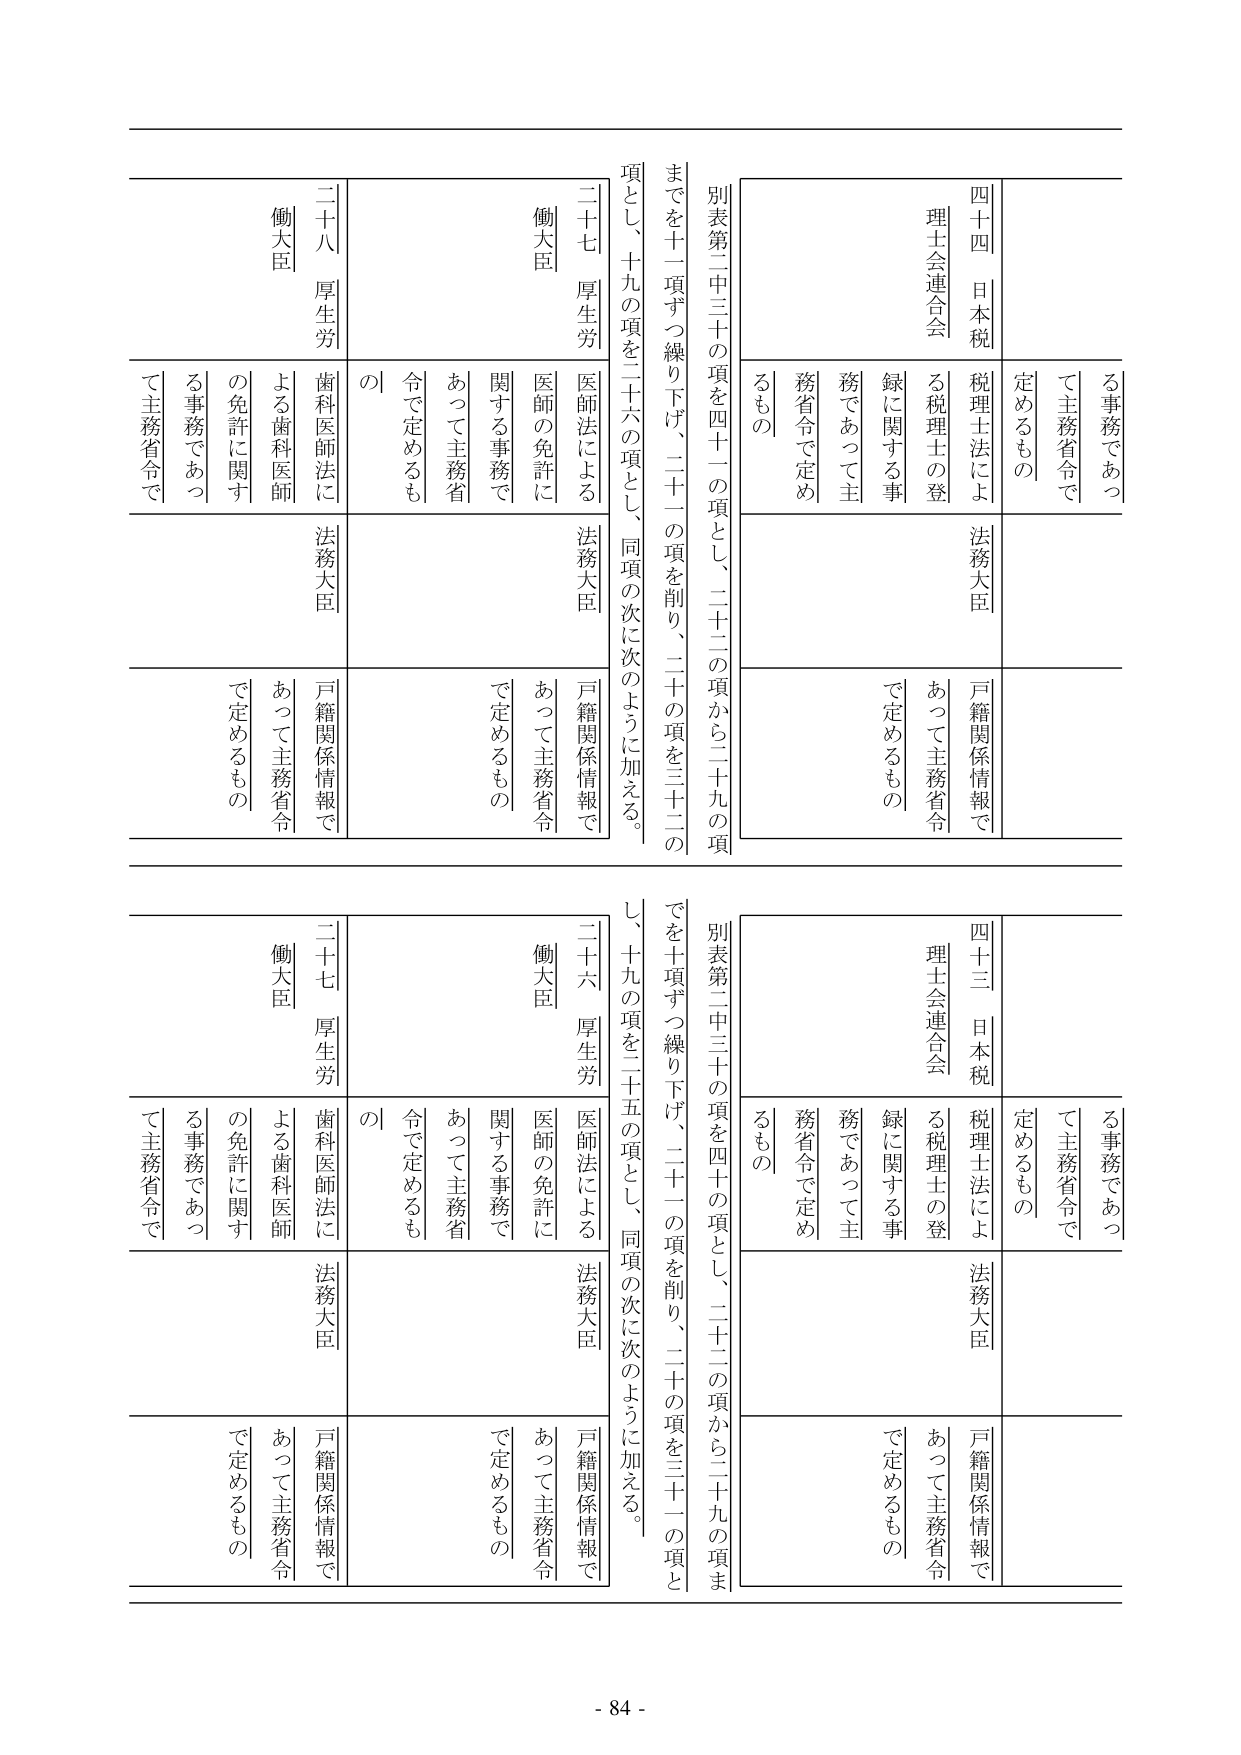
四十四 日本税
理士会連合会
る事務であつ
て主務省令で
定めるもの
税理士法によ
る税理士の登
録に関する事
務であつて主
務省令で定め
るもの
法務大臣
戸籍関係情報で
あつて主務省令
で定めるもの

別表第二中三十の項を四十一の項とし、二十二の項から二十九の項
までを十一項ずつ繰り下げ、二十一の項を削り、二十の項を三十二の
項とし、十九の項を二十六の項とし、同項の次に次のように加える。

二十七 厚生労
働大臣
医師法による
医師の免許に
関する事務で
あつて主務省
令で定めるも
の
法務大臣
戸籍関係情報で
あつて主務省令
で定めるもの

二十八 厚生労
働大臣
歯科医師法に
よる歯科医師
の免許に関す
る事務であつ
て主務省令で
法務大臣
戸籍関係情報で
あつて主務省令
で定めるもの

四十三 日本税
理士会連合会
る事務であつ
て主務省令で
定めるもの
税理士法によ
る税理士の登
録に関する事
務であつて主
務省令で定め
るもの
法務大臣
戸籍関係情報で
あつて主務省令
で定めるもの

別表第二中三十の項を四十の項とし、二十二の項から二十九の項ま
でを十項ずつ繰り下げ、二十一の項を削り、二十の項を三十一の項と
し、十九の項を二十五の項とし、同項の次に次のように加える。

二十六 厚生労
働大臣
医師法による
医師の免許に
関する事務で
あつて主務省
令で定めるも
の
法務大臣
戸籍関係情報で
あつて主務省令
で定めるもの

二十七 厚生労
働大臣
歯科医師法に
よる歯科医師
の免許に関す
る事務であつ
て主務省令で
法務大臣
戸籍関係情報で
あつて主務省令
で定めるもの

- 84 -